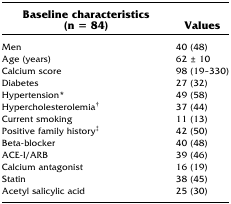
<table><thead><tr><td><b>Baseline characteristics (n = 84)</b></td><td><b>Values</b></td></tr></thead><tbody><tr><td>Men</td><td>40 (48)</td></tr><tr><td>Age (years)</td><td>62 ± 10</td></tr><tr><td>Calcium score</td><td>98 (19–330)</td></tr><tr><td>Diabetes</td><td>27 (32)</td></tr><tr><td>Hypertension*</td><td>49 (58)</td></tr><tr><td>Hypercholesterolemia<sup>†</sup></td><td>37 (44)</td></tr><tr><td>Current smoking</td><td>11 (13)</td></tr><tr><td>Positive family history<sup>‡</sup></td><td>42 (50)</td></tr><tr><td>Beta-blocker</td><td>40 (48)</td></tr><tr><td>ACE-I/ARB</td><td>39 (46)</td></tr><tr><td>Calcium antagonist</td><td>16 (19)</td></tr><tr><td>Statin</td><td>38 (45)</td></tr><tr><td>Acetyl salicylic acid</td><td>25 (30)</td></tr></tbody></table>